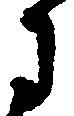
に